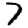
Digit: 7